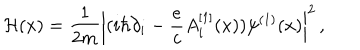
{ \cal H } ( x ) = { \frac { 1 } { 2 m } } \left| ( i \hbar \partial _ { i } - { \frac { e } { c } } A _ { i } ^ { [ 1 ] } ( x ) ) \psi ^ { ( 1 ) } ( x ) \right| ^ { 2 } \, ,